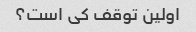
اولین توقف کی است؟